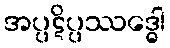
အပ္ပဋိပ္ပဿဒ္ဓေါ